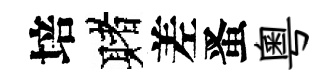
培赌差󱉠粵